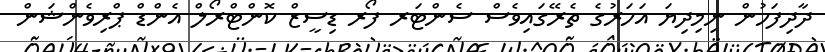
ދާދިފަހުން ނިމިދިޔަ އަހަރުގެ ތެރޭގައިވެސް ސެންޓަރ ފޯރ ޑިސީޒް ކޮންޓްރޯލް އެންޑް ޕްރިވެންޝަން